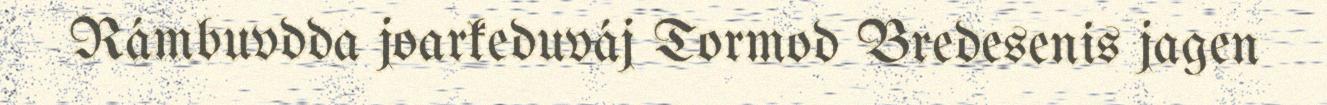
Rámbuvdda joarkeduváj Tormod Bredesenis jagen